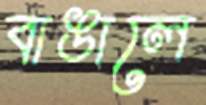
বাঙালে